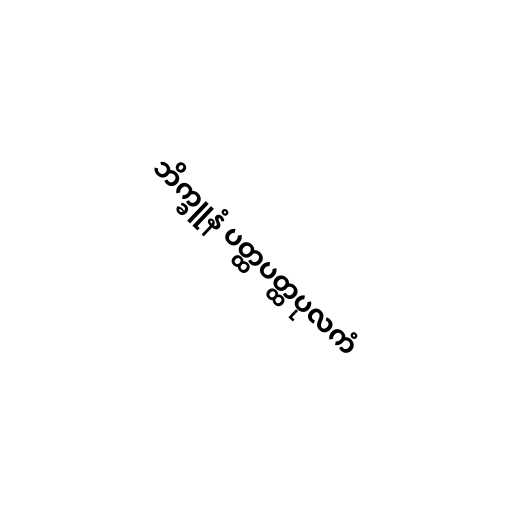
ဘိက္ခူနံ ပတ္ထပတ္ထပုလကံ